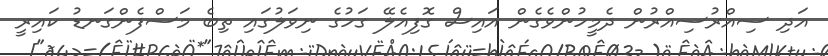
އަދި ސިއްރުސިއްރުން ދެމީހުންވެގެން އައިސް ގޮފިއެލޭ ގަހުގެ ނިވަލުގައި ތިބެ މަސްފެންގަނޑު ކައިރީ